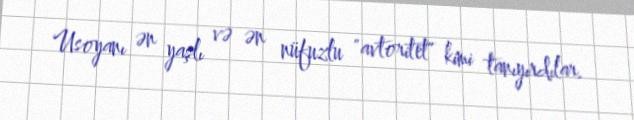
Usoyanı ən yaşlı və ən nüfuzlu "avtoritet" kimi tanıyırdılar.